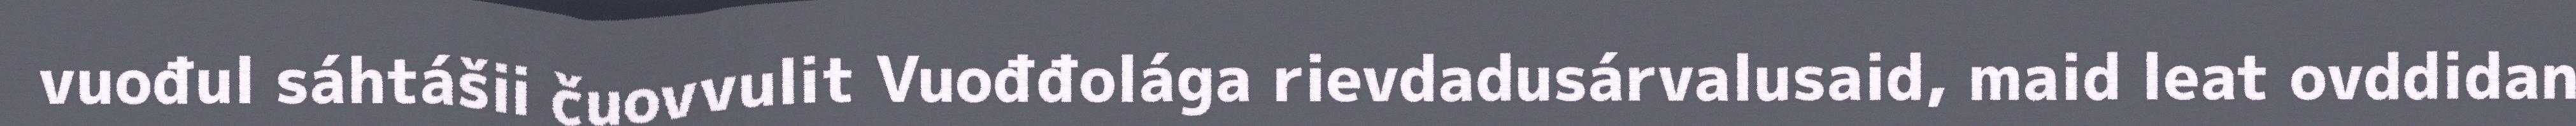
vuođul sáhtášii čuovvulit Vuođđolága rievdadusárvalusaid, maid leat ovddidan